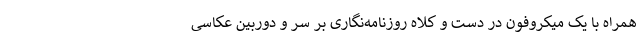
همراه با یک میکروفون در دست و کلاه روزنامه‌نگاری بر سر و دوربین عکاسی